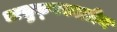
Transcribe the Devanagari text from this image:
चालुक्‍यकालीन